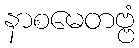
နာစမေတဗ္ဗံ